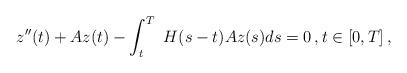
LaTeX: \begin{align*}z''(t) +A z(t)-\int_t^T\ H(s-t)A z(s)ds= 0\,,t\in [0,T]\,,\end{align*}